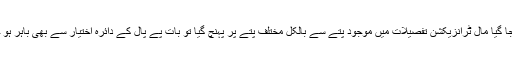
آپ کا بھیجا گیا مال ٹرانزیکشن تفصیلات میں موجود پتے سے بالکل مختلف پتے پر پہنچ گیا تو بات پے پال کے دائرہ اختیار سے بھی باہر ہو جائے گی۔